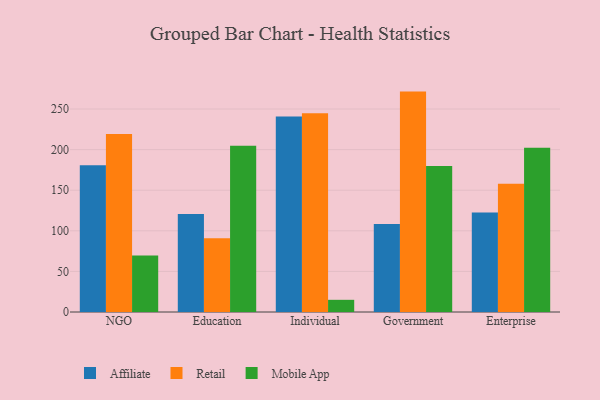
{"axis": {"x": "Segment", "y": "Temperature (°C)"}, "legend": ["Affiliate", "Mobile App", "Retail"], "data": [{"x": "NGO", "y": 180.8, "type": "Affiliate"}, {"x": "NGO", "y": 219.2, "type": "Retail"}, {"x": "NGO", "y": 69.7, "type": "Mobile App"}, {"x": "Education", "y": 120.6, "type": "Affiliate"}, {"x": "Education", "y": 90.7, "type": "Retail"}, {"x": "Education", "y": 204.8, "type": "Mobile App"}, {"x": "Individual", "y": 240.8, "type": "Affiliate"}, {"x": "Individual", "y": 244.7, "type": "Retail"}, {"x": "Individual", "y": 15.0, "type": "Mobile App"}, {"x": "Government", "y": 108.3, "type": "Affiliate"}, {"x": "Government", "y": 271.5, "type": "Retail"}, {"x": "Government", "y": 179.8, "type": "Mobile App"}, {"x": "Enterprise", "y": 122.5, "type": "Affiliate"}, {"x": "Enterprise", "y": 157.9, "type": "Retail"}, {"x": "Enterprise", "y": 202.4, "type": "Mobile App"}]}